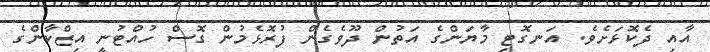
އާއި ދެކޮޅަށެވެ. އަނގޮޓި މާޔަންގެ އަތުން ދޫވެގެން ފުރޮޅެމުން ގޮސް ހުއްޓުނީ އިޒްކާންގެ